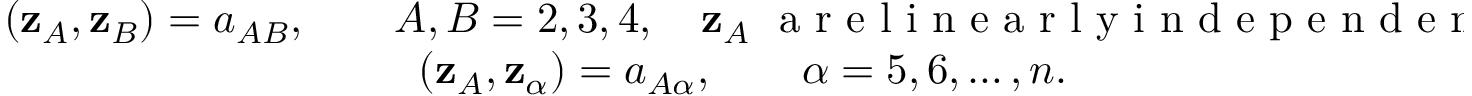
\begin{array} { r } { ( { \bf z } _ { A } , { \bf z } _ { B } ) = a _ { A B } , \qquad A , B = 2 , 3 , 4 , \quad { \bf z } _ { A } ~ \mathrm { ~ a ~ r ~ e ~ l ~ i ~ n ~ e ~ a ~ r ~ l ~ y ~ i ~ n ~ d ~ e ~ p ~ e ~ n ~ d ~ e ~ n ~ t ~ v ~ e ~ c ~ t ~ o ~ r ~ s ~ , ~ s ~ o ~ } ~ \operatorname* { d e t } a \ne 0 , } \\ { ( { \bf z } _ { A } , { \bf z } _ { \alpha } ) = a _ { A \alpha } , \qquad \alpha = 5 , 6 , \ldots , n . \qquad \qquad \qquad \qquad \qquad \qquad \qquad \qquad \qquad \qquad \qquad \quad } \end{array}